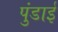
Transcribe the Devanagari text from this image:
पुंडाई